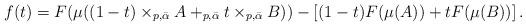
LaTeX: \begin{align*} f(t) = F(\mu((1-t) \times_{p,\bar{\alpha}} A +_{p,\bar{\alpha}} t \times_{p,\bar{\alpha}} B))-\left[(1-t) F(\mu(A)) + t F(\mu(B))\right]. \end{align*}